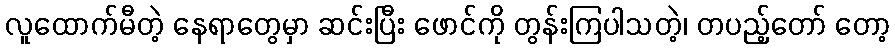
လူထောက်မီတဲ့ နေရာတွေမှာ ဆင်းပြီး ဖောင်ကို တွန်းကြပါသတဲ့၊ တပည့်တော် တော့